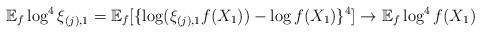
LaTeX: \begin{align*}\mathbb{E}_f \log^4 \xi_{(j),1} = \mathbb{E}_f[ \{ \log (\xi_{(j),1} f(X_1)) - \log f(X_1) \}^4] \rightarrow \mathbb{E}_f \log^4 f(X_1)\end{align*}